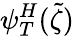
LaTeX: \psi_{T}^{H}(\tilde{\zeta})